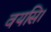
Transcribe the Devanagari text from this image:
वयसि।